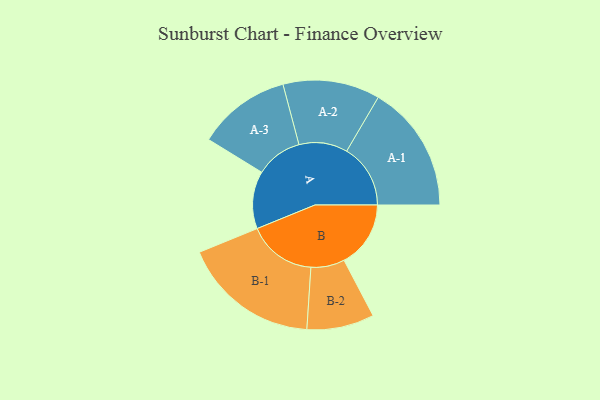
{"axis": {"x": "Segment", "y": "Value"}, "legend": ["", "A", "B"], "data": [{"x": "A", "y": 241, "type": ""}, {"x": "B", "y": 279, "type": ""}, {"x": "A-1", "y": 267, "type": "A"}, {"x": "A-2", "y": 203, "type": "A"}, {"x": "A-3", "y": 195, "type": "A"}, {"x": "B-1", "y": 287, "type": "B"}, {"x": "B-2", "y": 141, "type": "B"}]}